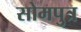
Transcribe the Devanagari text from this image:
सोमपुत्र